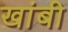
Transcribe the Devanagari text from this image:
खांबी